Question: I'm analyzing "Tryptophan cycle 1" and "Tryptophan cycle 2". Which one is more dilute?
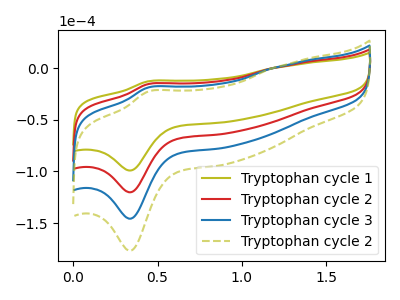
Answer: <think>The olive curve "Tryptophan cycle 1" has an anodic peak at (0.45V, -12.75uA) and a cathodic peak at (0.35V, -99.10uA). The red curve "Tryptophan cycle 2" has an anodic peak at (0.45V, -15.45uA) and a cathodic peak at (0.35V, -120.25uA). The blue curve "Tryptophan cycle 3" has an anodic peak at (0.45V, -30.95uA) and a cathodic peak at (0.35V, -240.45uA). The olive dashed curve "Tryptophan cycle 2" has an anodic peak at (0.45V, -46.40uA) and a cathodic peak at (0.35V, -360.70uA).
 All the peaks in "Tryptophan cycle 1" have a peak in "Tryptophan cycle 2" at the same potential.</think>
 <answer>I cant tell if "Tryptophan cycle 1" or "Tryptophan cycle 2" has higher concentration.</answer>
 <eval>mixed_concentration</eval>